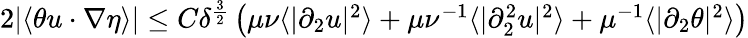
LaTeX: \begin{array}{r}{2|\langle\theta u\cdot\nabla\eta\rangle|\leq C\delta^{\frac{3}{2}}\left(\mu\nu\langle|\partial_{2}u|^{2}\rangle+\mu\nu^{-1}\langle|\partial_{2}^{2}u|^{2}\rangle+\mu^{-1}\langle|\partial_{2}\theta|^{2}\rangle\right)}\end{array}